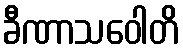
ခီဏာသဝေါတိ